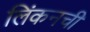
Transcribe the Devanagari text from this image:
लिंकनची